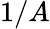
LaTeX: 1/A